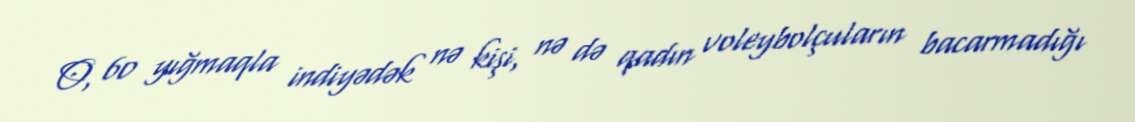
O, 60 yığmaqla indiyədək nə kişi, nə də qadın voleybolçuların bacarmadığı